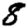
Digit: 8